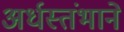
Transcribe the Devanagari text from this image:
अर्धस्तंभाने